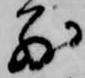
別